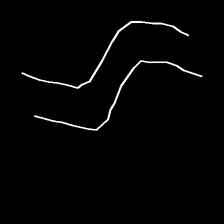
Glyph: float